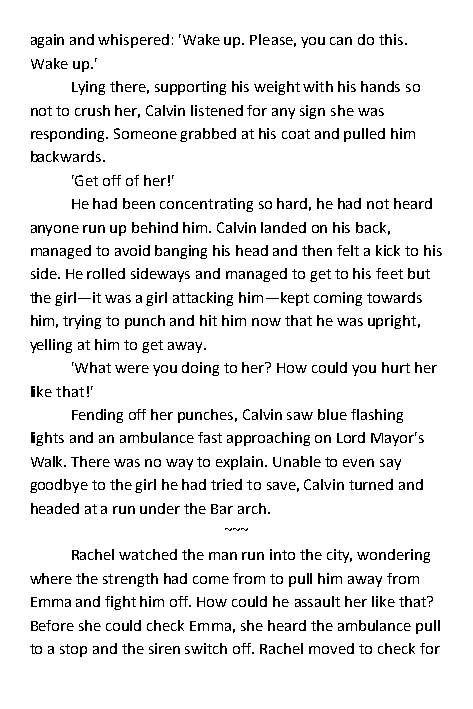
again and whispered: 'Wake up. Please, you can do this.
 Wake up.'
 Lying there, supporting his weight with his hands so
 not to crush her, Calvin listened for any sign she was
 responding. Someone grabbed at his coat and pulled him
 backwards.
 'Get off of her!'
 He had been concentrating so hard, he had not heard
 anyone run up behind him. Calvin landed on his back,
 managed to avoid banging his head and then felt a kick to his
 side. He rolled sideways and managed to get to his feet but
 the girl—it was a girl attacking him—kept coming towards
 him, trying to punch and hit him now that he was upright,
 yelling at him to get away.
 'What were you doing to her? How could you hurt her
 like that!'
 Fending off her punches, Calvin saw blue flashing
 lights and an ambulance fast approaching on Lord Mayor's
 Walk. There was no way to explain. Unable to even say
 goodbye to the girl he had tried to save, Calvin turned and
 headed at a run under the Bar arch.
 ~~~
 Rachel watched the man run into the city, wondering
 where the strength had come from to pull him away from
 Emma and fight him off. How could he assault her like that?
 Before she could check Emma, she heard the ambulance pull
 to a stop and the siren switch off. Rachel moved to check for